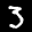
Label: 3